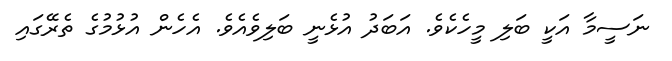
ނަސީމާ އަކީ ބަލި މީހެކެވެ. އަބަދު އުޅެނީ ބަލިވެއެވެ. އެހެން އުޅުމުގެ ތެރޭގައި